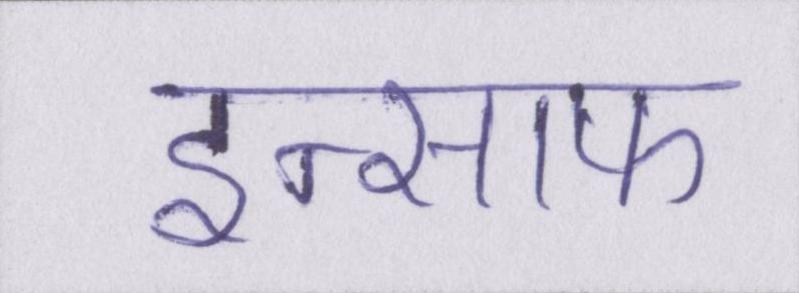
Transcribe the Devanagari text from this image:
इन्साफ